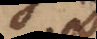
e